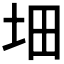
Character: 𡊰